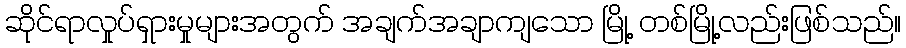
ဆိုင်ရာလှုပ်ရှားမှုများအတွက် အချက်အချာကျသော မြို့ တစ်မြို့လည်းဖြစ်သည်။